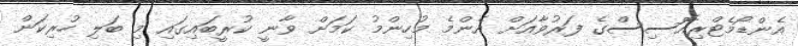
އެންޑޯމެޓްރިއޮސިސްގެ ފަރުވާއަށް އެންމެ މުހިންމު ކަމަށް ވާނީ ކުރީބައިގައި މި ބަލި ހުރިކަން